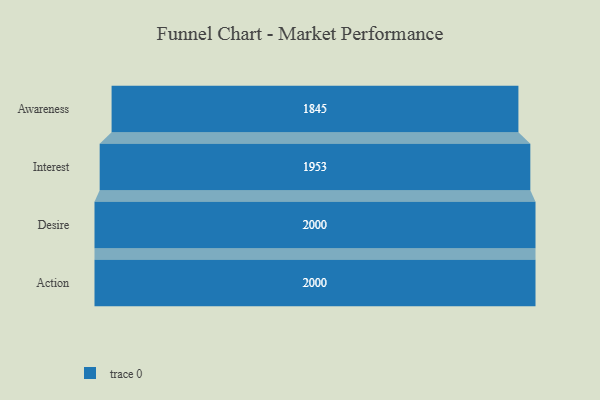
{"axis": {"x": "Stage", "y": "Value"}, "legend": [""], "data": [{"x": "Awareness", "y": 1845.0, "type": ""}, {"x": "Interest", "y": 1953.0, "type": ""}, {"x": "Desire", "y": 2000, "type": ""}, {"x": "Action", "y": 2000, "type": ""}]}